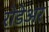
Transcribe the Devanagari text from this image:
रोडेअर